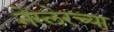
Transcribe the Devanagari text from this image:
नेस्लेरच्या